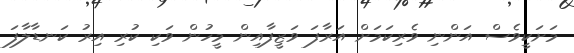
މަށަކީވެސް އަންނި ވެރިކަމަށް އަރާފަ ވަޒީފާއިން މީހުން ވަކި ކުރި އިރު ކަނޑާލާފަ